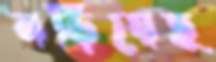
নড়িয়েছ